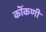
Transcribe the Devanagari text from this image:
कॊंकणी